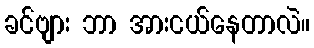
ခင်ဗျား ဘာ အားငယ်နေတာလဲ။